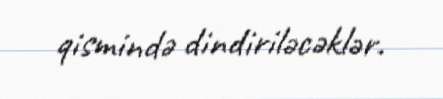
qismində dindiriləcəklər.